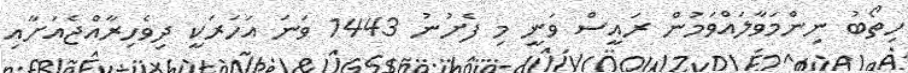
ހިތޯބު ނިންމަވާލައްވަމުން ރައީީސް ވަނީ މި ފެށުނު 1443 ވަނަ އަހަރަކީ ދިވެހިރާއްޖެއަށާއި